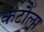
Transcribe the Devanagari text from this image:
कटौला